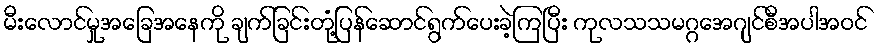
မီးလောင်မှုအခြေအနေကို ချက်ခြင်းတုံ့ပြန်ဆောင်ရွက်ပေးခဲ့ကြပြီး ကုလသသမဂ္ဂအေဂျင်စီအပါအဝင်